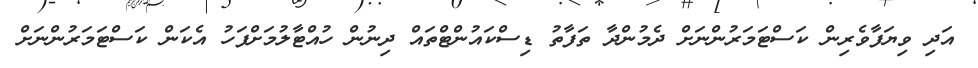
އަދި ވިޔަފާވެެރިން ކަސްޓަމަރުންނަށް ދެމުންދާ ތަފާތު ޑިސްކައުންޓްތައް ދިނުން ހުއްޓާލުމަށްފަހު އެކަން ކަސްޓަމަރުންނަށް